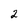
Character: 2